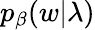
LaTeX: p_{\beta}(w|\lambda)